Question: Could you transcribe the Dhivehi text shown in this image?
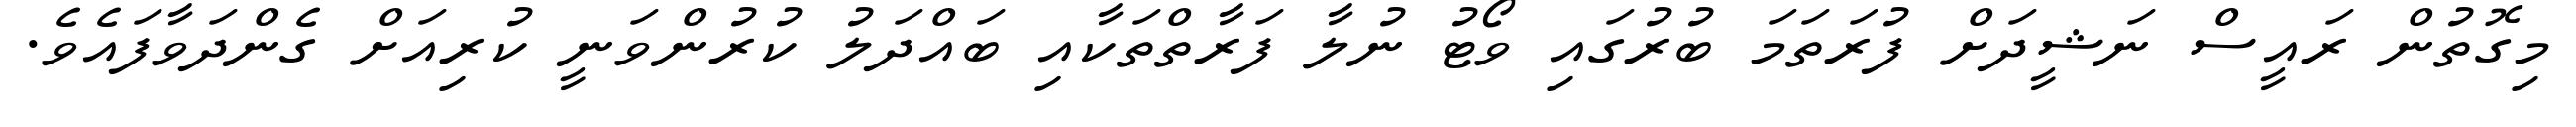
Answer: މިގޮތުން ރައީސް ނަޝީދަށް ފުރަތަމަ ބުރުގައި ވޯޓު ނުލާ ފަރާތްތަކާއި ބައްދަލު ކުރުންވަނީ ކުރިއަށް ގެންދަވާފައެވެ.